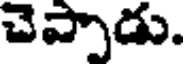
చెప్పాడు.